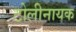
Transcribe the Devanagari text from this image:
टोलीनायक